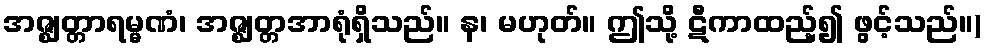
အဇ္ဈတ္တာရမ္မဏံ၊ အဇ္ဈတ္တအာရုံရှိသည်။ န၊ မဟုတ်။ ဤသို့ ဋီကာထည့်၍ ဖွင့်သည်။)